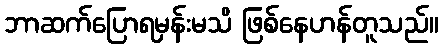
ဘာဆက်ပြောရမှန်းမသိ ဖြစ်နေဟန်တူသည်။